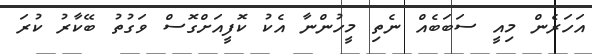
އަހަރެން މިއީ ސަބަބެއް ނެތި މީހުންނާ އެކު ކޮފީއަށްގޮސް ވަގުތު ބޭކާރު ކުރަ